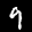
Label: 9